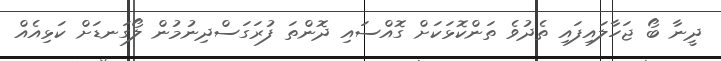
ދީނާ ބޯ ޖަހާލައިފައި ތެދުވެ ތަންކޮޅަކަށް ގޮއްސައި ދޮންތަ ފުރަގަސްދިނުމުން ލޯގަނޑަށް ކަޅިއެއް